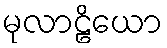
မုလာဠိယော